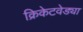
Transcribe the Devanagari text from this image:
क्रिकेटवेड्या